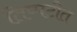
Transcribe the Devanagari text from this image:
तिप्पटीत